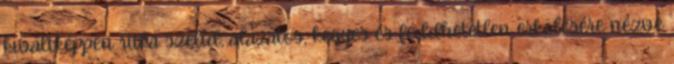
kiváltképpen ritka szelíd, alázatos, kegyes és feddhetetlen erkölcsére nézve